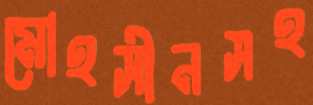
মোহসীনসহ